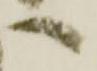
へ